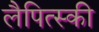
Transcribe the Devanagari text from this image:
लैपित्स्की